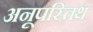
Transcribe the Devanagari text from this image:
अनूपस्तिथ